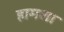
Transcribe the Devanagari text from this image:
हामला